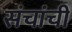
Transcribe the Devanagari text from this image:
संचांची